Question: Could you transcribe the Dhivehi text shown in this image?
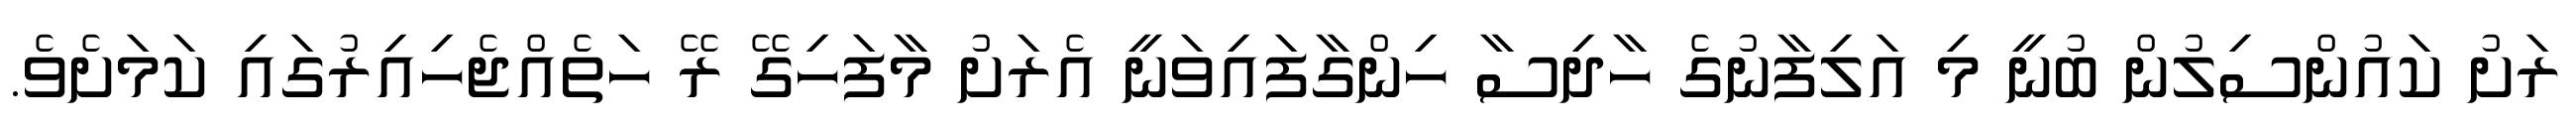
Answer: ރަށު ކައުންސިލުން ބުނީ މި އަލިފާނުގެ ހާދިސާ ހިންގާފައިވަނީ އެރަށު މާފަހިގޭ ރޭ ހަތެއްޖެހިއިރުގައި ކަމަށެވެ.